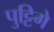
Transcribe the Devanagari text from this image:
पुट्टिगे